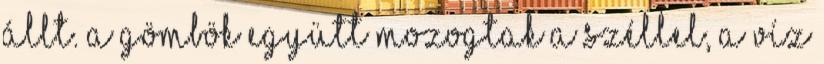
állt. A gömbök együtt mozogtak a széllel, a víz